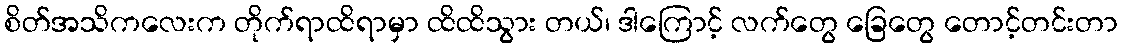
စိတ်အသိကလေးက တိုက်ရာထိရာမှာ ထိထိသွား တယ်၊ ဒါကြောင့် လက်တွေ ခြေတွေ တောင့်တင်းတာ